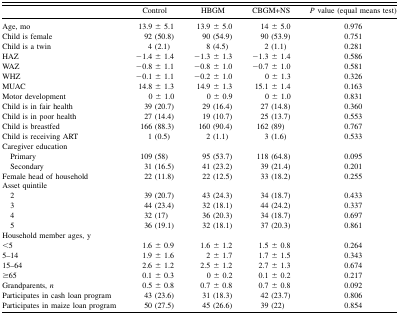
<table><thead><tr><td></td><td><b>Control</b></td><td><b>HBGM</b></td><td><b>CBGM+NS</b></td><td><b><i>P</i> value (equal means test)</b></td></tr></thead><tbody><tr><td>Age, mo</td><td>13.9 ± 5.1</td><td>13.9 ± 5.0</td><td>14 ± 5.0</td><td>0.976</td></tr><tr><td>Child is female</td><td>92 (50.8)</td><td>90 (54.9)</td><td>90 (53.9)</td><td>0.751</td></tr><tr><td>Child is a twin</td><td>4 (2.1)</td><td>8 (4.5)</td><td>2 (1.1)</td><td>0.281</td></tr><tr><td>HAZ</td><td>−1.4 ± 1.4</td><td>−1.3 ± 1.3</td><td>−1.3 ± 1.4</td><td>0.586</td></tr><tr><td>WAZ</td><td>−0.8 ± 1.1</td><td>−0.8 ± 1.0</td><td>−0.7 ± 1.0</td><td>0.581</td></tr><tr><td>WHZ</td><td>−0.1 ± 1.1</td><td>−0.2 ± 1.0</td><td>0 ± 1.3</td><td>0.326</td></tr><tr><td>MUAC</td><td>14.8 ± 1.3</td><td>14.9 ± 1.3</td><td>15.1 ± 1.4</td><td>0.163</td></tr><tr><td>Motor development</td><td>0 ± 1.0</td><td>0 ± 0.9</td><td>0 ± 1.0</td><td>0.831</td></tr><tr><td>Child is in fair health</td><td>39 (20.7)</td><td>29 (16.4)</td><td>27 (14.8)</td><td>0.360</td></tr><tr><td>Child is in poor health</td><td>27 (14.4)</td><td>19 (10.7)</td><td>25 (13.7)</td><td>0.553</td></tr><tr><td>Child is breastfed</td><td>166 (88.3)</td><td>160 (90.4)</td><td>162 (89)</td><td>0.767</td></tr><tr><td>Child is receiving ART</td><td>1 (0.5)</td><td>2 (1.1)</td><td>3 (1.6)</td><td>0.533</td></tr><tr><td>Caregiver education</td><td></td><td></td><td></td><td></td></tr><tr><td> Primary</td><td>109 (58)</td><td>95 (53.7)</td><td>118 (64.8)</td><td>0.095</td></tr><tr><td> Secondary</td><td>31 (16.5)</td><td>41 (23.2)</td><td>39 (21.4)</td><td>0.201</td></tr><tr><td>Female head of household</td><td>22 (11.8)</td><td>22 (12.5)</td><td>33 (18.2)</td><td>0.255</td></tr><tr><td>Asset quintile</td><td></td><td></td><td></td><td></td></tr><tr><td> 2</td><td>39 (20.7)</td><td>43 (24.3)</td><td>34 (18.7)</td><td>0.433</td></tr><tr><td> 3</td><td>44 (23.4)</td><td>32 (18.1)</td><td>44 (24.2)</td><td>0.337</td></tr><tr><td> 4</td><td>32 (17)</td><td>36 (20.3)</td><td>34 (18.7)</td><td>0.697</td></tr><tr><td> 5</td><td>36 (19.1)</td><td>32 (18.1)</td><td>37 (20.3)</td><td>0.861</td></tr><tr><td>Household member ages, y </td><td></td><td></td><td></td><td></td></tr><tr><td>&lt;5</td><td>1.6 ± 0.9</td><td>1.6 ± 1.2</td><td>1.5 ± 0.8</td><td>0.264</td></tr><tr><td>5–14</td><td>1.9 ± 1.6</td><td>2 ± 1.7</td><td>1.7 ± 1.5</td><td>0.343</td></tr><tr><td>15–64</td><td>2.6 ± 1.2</td><td>2.5 ± 1.2</td><td>2.7 ± 1.3</td><td>0.674</td></tr><tr><td>≥65</td><td>0.1 ± 0.3</td><td>0 ± 0.2</td><td>0.1 ± 0.2</td><td>0.217</td></tr><tr><td>Grandparents, <i>n</i></td><td>0.5 ± 0.8</td><td>0.7 ± 0.8</td><td>0.7 ± 0.8</td><td>0.092</td></tr><tr><td>Participates in cash loan program</td><td>43 (23.6)</td><td>31 (18.3)</td><td>42 (23.7)</td><td>0.806</td></tr><tr><td>Participates in maize loan program</td><td>50 (27.5)</td><td>45 (26.6)</td><td>39 (22)</td><td>0.854</td></tr></tbody></table>